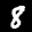
Label: 8